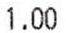
1.00